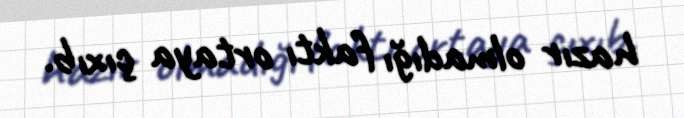
hazır olmadığı faktı ortaya çıxıb.